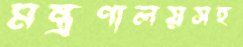
মন্ত্রণালয়সহ